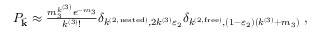
\begin{array} { l l } { P _ { \vec { \mathbf { k } } } \approx \frac { m _ { 3 } ^ { k ^ { ( 3 ) } } e ^ { - m _ { 3 } } } { k ^ { ( 3 ) } ! } \delta _ { k ^ { ( 2 , \mathrm { n e s t e d } ) } , 2 k ^ { ( 3 ) } \varepsilon _ { 2 } } \delta _ { k ^ { ( 2 , \mathrm { f r e e } ) } , ( 1 - \varepsilon _ { 2 } ) ( k ^ { ( 3 ) } + m _ { 3 } ) } ~ , } \end{array}